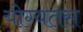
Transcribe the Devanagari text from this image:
योग्यतस